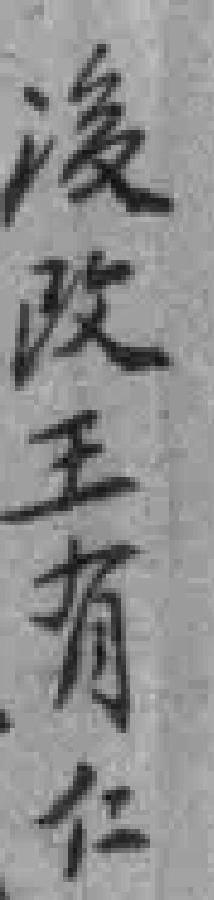
後改王有仁